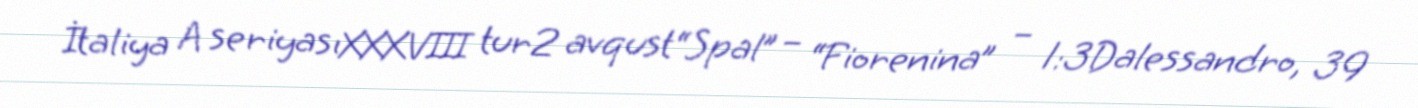
İtaliya A seriyasıXXXVIII tur2 avqust“Spal” – “Fiorenina” – 1:3Dalessandro, 39